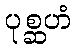
ပုစ္ဆဟံ